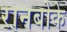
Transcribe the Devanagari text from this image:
रानबोके